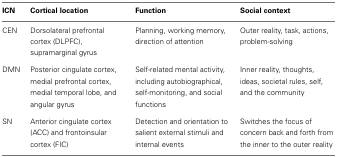
| ICN | Cortical location | Function | Social context |
 | --- | --- | --- | --- |
 | CEN | Dorsolateral prefrontal cortex (DLPFC), supramarginal gyrus | Planning, working memory, direction of attention | Outer reality, task, actions, problem-solving |
 | DMN | Posterior cingulate cortex, medial prefrontal cortex, medial temporal lobe, and angular gyrus | Self-related mental activity, including autobiographical, self-monitoring, and social functions | Inner reality, thoughts, ideas, societal rules, self, and the community |
 | SN | Anterior cingulate cortex (ACC) and frontoinsular cortex (FIC) | Detection and orientation to salient external stimuli and internal events | Switches the focus of concern back and forth from the inner to the outer reality |